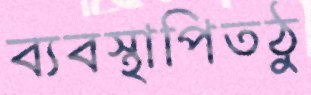
ব্যবস্থাপিতঠু